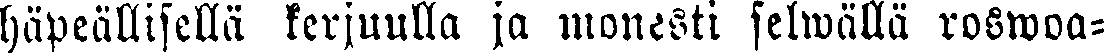
häpeällisellä kerjuulla ja monesti selwällä roswoa-